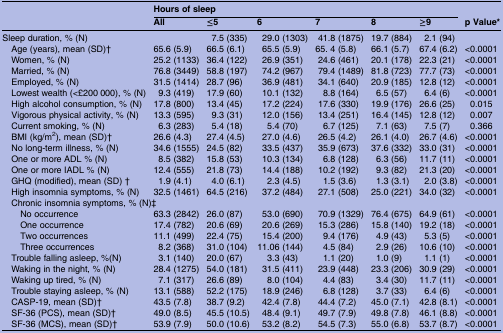
<table><thead><tr><td><b> </b></td><td colspan="6"><b>Hours of sleep</b></td><td></td></tr><tr><td></td><td><b>All</b></td><td><b>≤5</b></td><td><b>6</b></td><td><b>7</b></td><td><b>8</b></td><td><b>≥9</b></td><td><b>p Value*</b></td></tr></thead><tbody><tr><td>Sleep duration, % (N)</td><td></td><td>7.5 (335)</td><td>29.0 (1303)</td><td>41.8 (1875)</td><td>19.7 (884)</td><td>2.1 (94)</td><td></td></tr><tr><td> Age (years), mean (SD)†</td><td>65.6 (5.9)</td><td>66.5 (6.1)</td><td>65.5 (5.9)</td><td>65. 4 (5.8)</td><td>66.1 (5.7)</td><td>67.4 (6.2)</td><td>&lt;0.0001</td></tr><tr><td> Women, % (N)</td><td>25.2 (1133)</td><td>36.4 (122)</td><td>26.9 (351)</td><td>24.6 (461)</td><td>20.1 (178)</td><td>22.3 (21)</td><td>&lt;0.0001</td></tr><tr><td> Married, % (N)</td><td>76.8 (3449)</td><td>58.8 (197)</td><td>74.2 (967)</td><td>79.4 (1489)</td><td>81.8 (723)</td><td>77.7 (73)</td><td>&lt;0.0001</td></tr><tr><td> Employed, % (N)</td><td>31.5 (1414)</td><td>28.7 (96)</td><td>36.9 (481)</td><td>34.1 (640)</td><td>20.9 (185)</td><td>12.8 (12)</td><td>&lt;0.0001</td></tr><tr><td> Lowest wealth (&lt;£200 000), % (N)</td><td>9.3 (419)</td><td>17.9 (60)</td><td>10.1 (132)</td><td>8.8 (164)</td><td>6.5 (57)</td><td>6.4 (6)</td><td>&lt;0.0001</td></tr><tr><td> High alcohol consumption, % (N)</td><td>17.8 (800)</td><td>13.4 (45)</td><td>17.2 (224)</td><td>17.6 (330)</td><td>19.9 (176)</td><td>26.6 (25)</td><td>0.015</td></tr><tr><td> Vigorous physical activity, % (N)</td><td>13.3 (595)</td><td>9.3 (31)</td><td>12.0 (156)</td><td>13.4 (251)</td><td>16.4 (145)</td><td>12.8 (12)</td><td>0.007</td></tr><tr><td> Current smoking, % (N)</td><td>6.3 (283)</td><td>5.4 (18)</td><td>5.4 (70)</td><td>6.7 (125)</td><td>7.1 (63)</td><td>7.5 (7)</td><td>0.366</td></tr><tr><td> BMI (kg/m<sup>2</sup>), mean (SD)†</td><td>26.6 (4.3)</td><td>27.4 (4.5)</td><td>27.0 (4.6)</td><td>26.5 (4.2)</td><td>26.1 (4.0)</td><td>26.7 (4.6)</td><td>&lt;0.0001</td></tr><tr><td> No long-term illness, % (N)</td><td>34.6 (1555)</td><td>24.5 (82)</td><td>33.5 (437)</td><td>35.9 (673)</td><td>37.6 (332)</td><td>33.0 (31)</td><td>&lt;0.0001</td></tr><tr><td> One or more ADL % (N)</td><td>8.5 (382)</td><td>15.8 (53)</td><td>10.3 (134)</td><td>6.8 (128)</td><td>6.3 (56)</td><td>11.7 (11)</td><td>&lt;0.0001</td></tr><tr><td> One or more IADL % (N)</td><td>12.4 (555)</td><td>21.8 (73)</td><td>14.4 (188)</td><td>10.2 (192)</td><td>9.3 (82)</td><td>21.3 (20)</td><td>&lt;0.0001</td></tr><tr><td> GHQ (modified), mean (SD) †</td><td>1.9 (4.1)</td><td>4.0 (6.1)</td><td>2.3 (4.5)</td><td>1.5 (3.6)</td><td>1.3 (3.1)</td><td>2.0 (3.8)</td><td>&lt;0.0001</td></tr><tr><td> High insomnia symptoms, % (N)</td><td>32.5 (1461)</td><td>64.5 (216)</td><td>37.2 (484)</td><td>27.1 (508)</td><td>25.0 (221)</td><td>34.0 (32)</td><td>&lt;0.0001</td></tr><tr><td colspan="8"> Chronic insomnia symptoms, % (N)‡</td></tr><tr><td>No occurrence</td><td>63.3 (2842)</td><td>26.0 (87)</td><td>53.0 (690)</td><td>70.9 (1329)</td><td>76.4 (675)</td><td>64.9 (61)</td><td>&lt;0.0001</td></tr><tr><td>One occurrence</td><td>17.4 (782)</td><td>20.6 (69)</td><td>20.6 (269)</td><td>15.3 (286)</td><td>15.8 (140)</td><td>19.2 (18)</td><td>&lt;0.0001</td></tr><tr><td>Two occurrences</td><td>11.1 (499)</td><td>22.4 (75)</td><td>15.4 (200)</td><td>9.4 (176)</td><td>4.9 (43)</td><td>5.3 (5)</td><td>&lt;0.0001</td></tr><tr><td>Three occurrences</td><td>8.2 (368)</td><td>31.0 (104)</td><td>11.06 (144)</td><td>4.5 (84)</td><td>2.9 (26)</td><td>10.6 (10)</td><td>&lt;0.0001</td></tr><tr><td> Trouble falling asleep, %(N)</td><td>3.1 (140)</td><td>20.0 (67)</td><td>3.3 (43)</td><td>1.1 (20)</td><td>1.0 (9)</td><td>1.1 (1)</td><td>&lt;0.0001</td></tr><tr><td> Waking in the night, % (N)</td><td>28.4 (1275)</td><td>54.0 (181)</td><td>31.5 (411)</td><td>23.9 (448)</td><td>23.3 (206)</td><td>30.9 (29)</td><td>&lt;0.0001</td></tr><tr><td> Waking up tired, % (N)</td><td>7.1 (317)</td><td>26.6 (89)</td><td>8.0 (104)</td><td>4.4 (83)</td><td>3.4 (30)</td><td>11.7 (11)</td><td>&lt;0.0001</td></tr><tr><td> Trouble staying asleep, % (N)</td><td>13.1 (588)</td><td>52.2 (175)</td><td>18.9 (246)</td><td>6.8 (128)</td><td>3.7 (33)</td><td>6.4 (6)</td><td>&lt;0.0001</td></tr><tr><td> CASP-19, mean (SD)†</td><td>43.5 (7.8)</td><td>38.7 (9.2)</td><td>42.4 (7.8)</td><td>44.4 (7.2)</td><td>45.0 (7.1)</td><td>42.8 (8.1)</td><td>&lt;0.0001</td></tr><tr><td> SF-36 (PCS), mean (SD)†</td><td>49.0 (8.5)</td><td>45.5 (10.5)</td><td>48.4 (9.1)</td><td>49.7 (7.9)</td><td>49.8 (7.8)</td><td>46.1 (8.8)</td><td>&lt;0.0001</td></tr><tr><td> SF-36 (MCS), mean (SD)†</td><td>53.9 (7.9)</td><td>50.0 (10.6)</td><td>53.2 (8.2)</td><td>54.5 (7.3)</td><td>55.0 (6.8)</td><td>53.7 (8.7)</td><td>&lt;0.0001</td></tr></tbody></table>